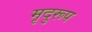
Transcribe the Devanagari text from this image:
मृदुरूप